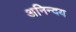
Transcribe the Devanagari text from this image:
अनिन्दय